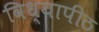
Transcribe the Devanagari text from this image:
विध्यापीठ